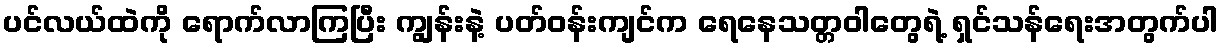
ပင်လယ်ထဲကို ရောက်လာကြပြီး ကျွန်းနဲ့ ပတ်ဝန်းကျင်က ရေနေသတ္တဝါတွေရဲ့ ရှင်သန်ရေးအတွက်ပါ